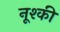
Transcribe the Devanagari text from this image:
नूश्की